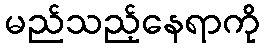
မည်သည့်နေရာကို